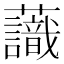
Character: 𧄹